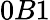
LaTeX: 0B1